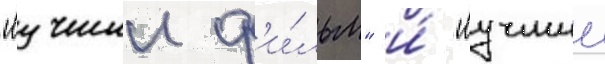
"лучшии ф'и́льм" и́ "лучшии